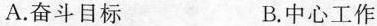
A.奋斗目标 B.中心工作